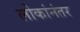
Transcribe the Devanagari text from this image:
लोकांनंतर